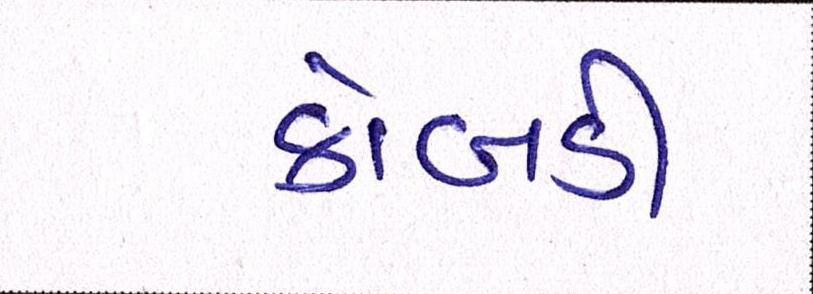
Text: કોબડી